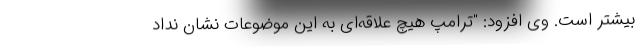
بیشتر است. وی افزود: "ترامپ هیچ علاقه‌ای به این موضوعات نشان نداد